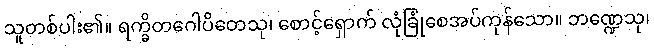
သူတစ်ပါး၏။ ရက္ခိတဂေါပိတေသု၊ စောင့်ရှောက် လုံခြုံစေအပ်ကုန်သော။ ဘဏ္ဍေသု၊